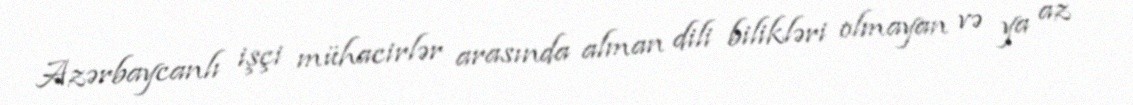
Azərbaycanlı işçi mühacirlər arasında alman dili bilikləri olmayan və ya az